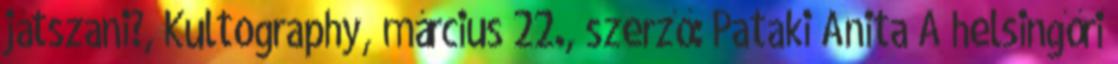
játszani?, Kultography, március 22., szerző: Pataki Anita A helsingőri